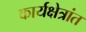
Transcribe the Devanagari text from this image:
कार्यक्षेत्रांत